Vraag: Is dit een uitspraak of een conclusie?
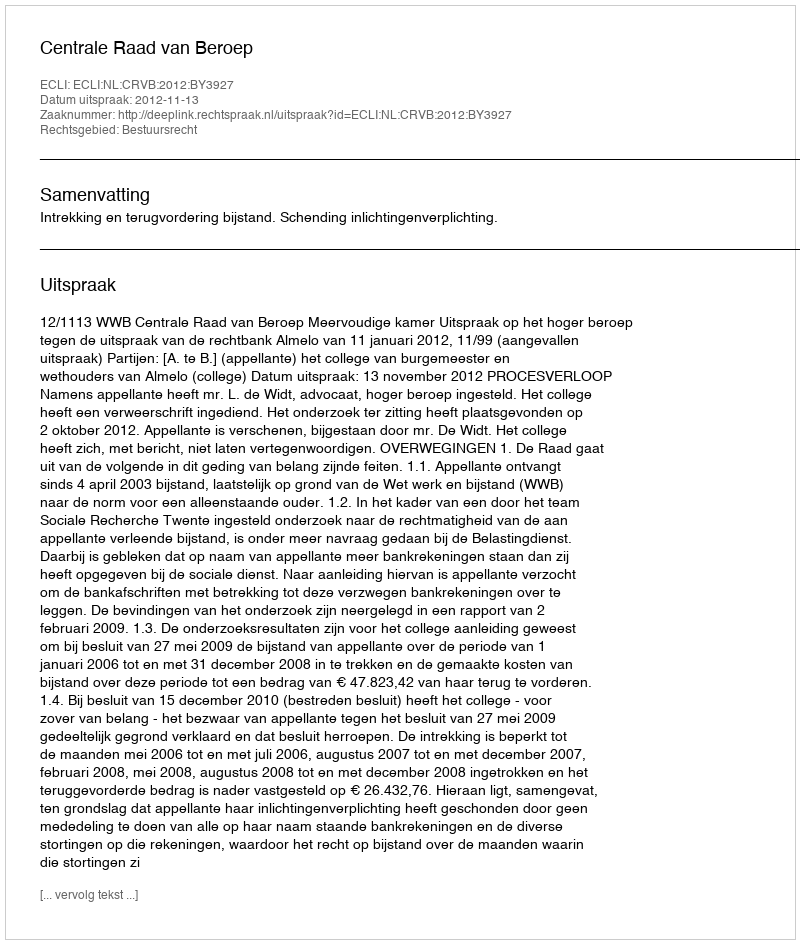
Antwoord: Uitspraak